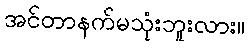
အင်တာနက်မသုံးဘူးလား။